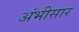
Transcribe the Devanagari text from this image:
अंभीसार